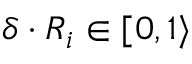
\delta \cdot R _ { i } \in [ 0 , 1 \rangle